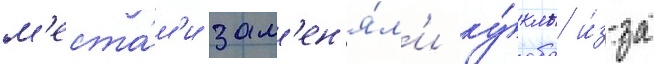
м'еста́м'и зам'ен'я́л'и ку́клы и́з-за